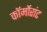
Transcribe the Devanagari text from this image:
कॉर्मोरांट